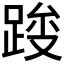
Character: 𰸓